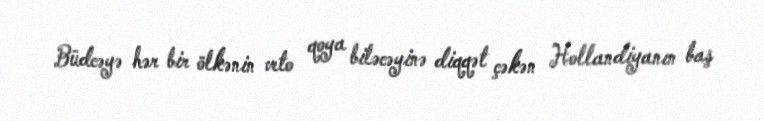
Büdcəyə hər bir ölkənin veto qoya biləcəyinə diqqət çəkən Hollandiyanın baş